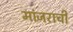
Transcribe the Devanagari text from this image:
मांजराची